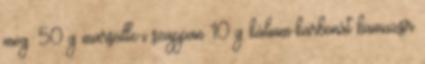
meg. 50 g marseille-i szappan 10 g kálium-karbonát hamuzsír